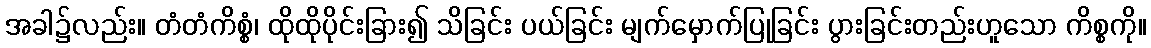
အခါ၌လည်း။ တံတံကိစ္စံ၊ ထိုထိုပိုင်းခြား၍ သိခြင်း ပယ်ခြင်း မျက်မှောက်ပြုခြင်း ပွားခြင်းတည်းဟူသော ကိစ္စကို။